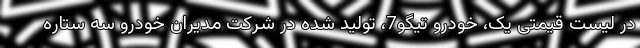
در لیست قیمتی یک، خودرو تیگو7، تولید شده در شرکت مدیران خودرو سه ستاره